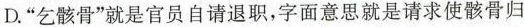
D.”乞骸骨”就是官员自请退职，字面意思就是请求使骸骨归